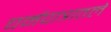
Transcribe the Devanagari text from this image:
चर्मपात्रातले